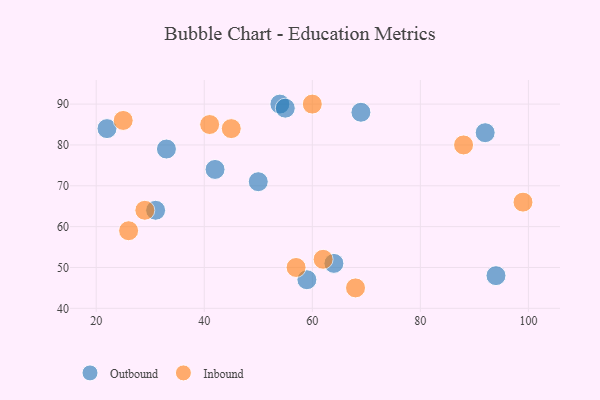
{"axis": {"x": "GDP", "y": "Life Expectancy"}, "legend": ["Inbound", "Outbound"], "data": [{"x": "64", "y": 51, "type": "Outbound"}, {"x": "54", "y": 90, "type": "Outbound"}, {"x": "42", "y": 74, "type": "Outbound"}, {"x": "50", "y": 71, "type": "Outbound"}, {"x": "22", "y": 84, "type": "Outbound"}, {"x": "92", "y": 83, "type": "Outbound"}, {"x": "94", "y": 48, "type": "Outbound"}, {"x": "59", "y": 47, "type": "Outbound"}, {"x": "55", "y": 89, "type": "Outbound"}, {"x": "31", "y": 64, "type": "Outbound"}, {"x": "33", "y": 79, "type": "Outbound"}, {"x": "69", "y": 88, "type": "Outbound"}, {"x": "25", "y": 86, "type": "Inbound"}, {"x": "45", "y": 84, "type": "Inbound"}, {"x": "62", "y": 52, "type": "Inbound"}, {"x": "99", "y": 66, "type": "Inbound"}, {"x": "60", "y": 90, "type": "Inbound"}, {"x": "68", "y": 45, "type": "Inbound"}, {"x": "57", "y": 50, "type": "Inbound"}, {"x": "26", "y": 59, "type": "Inbound"}, {"x": "29", "y": 64, "type": "Inbound"}, {"x": "88", "y": 80, "type": "Inbound"}, {"x": "41", "y": 85, "type": "Inbound"}]}